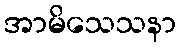
အာမိသေသနာ